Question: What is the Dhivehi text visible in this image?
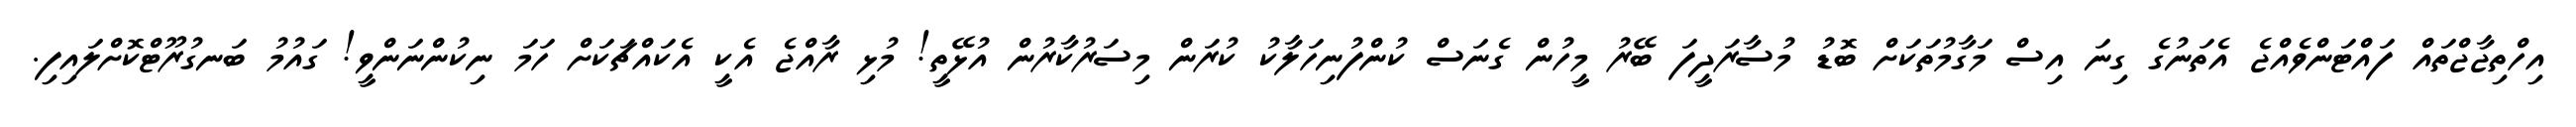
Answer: އިހްތިޖާޖްތައް ފައްޓަންވެއްޖެ އެތަނުގެ ގިނަ އިސް މަގާމުތަކަށް ބޮޑު މުސާރަދީފަ ބޭރު މީހުން ގެނަސް ކުންފުނިހަލާކު ކުރަން މިސަރުކާރުން އުޅޭތީ! މުޅި ރާއްޖެ އެކީ އެކައްޗަކަށް ހަމަ ނިކުންނަންވީ! ގައުމު ބަނގުރޫޓްކޮށްލައިފި.